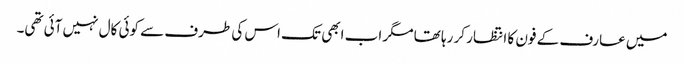
میں عارف کے فون کا انتظار کر رہا تھا مگر اب ابھی تک اس کی طرف سے کوئی کال نہیں آئی تھی۔